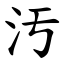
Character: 汚